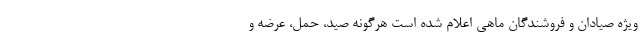
ویژه صیادان و فروشندگان ماهی اعلام شده است هرگونه صید، حمل، عرضه و